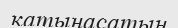
қатынасатын